Lunatic asylums in Bengal annual reports 1899-1911 - 1899-1911
Year: 1899
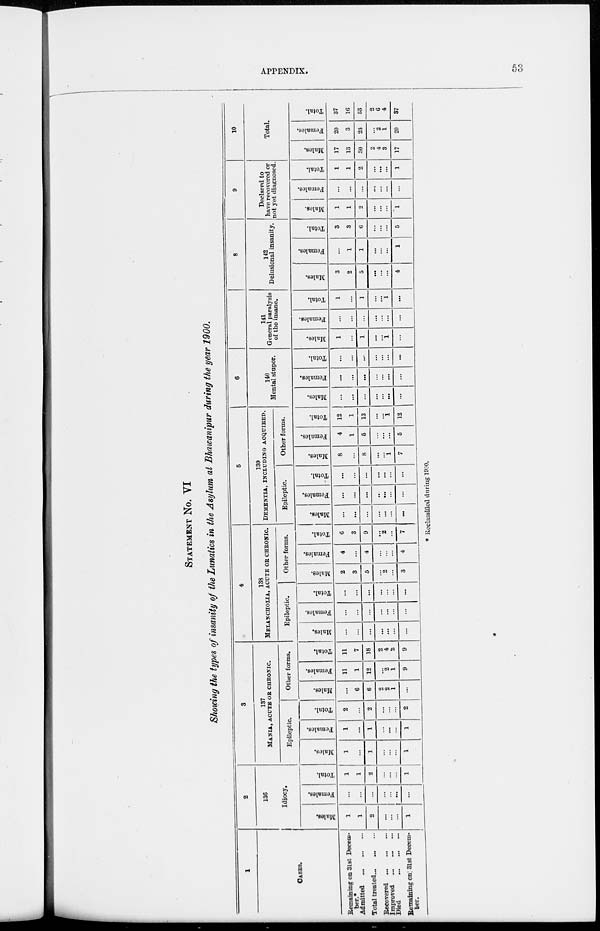
APPENDIX.
53
STATEMENT No. VI
Showing the types of insanity of the Lunatics in the Asylum at Bhawanipur during the year 1900.
1
CASES.
Remaining on 3lst Decem-
ber.*
Admitted
Total treated...
...
...
Recovered
Improved
...
...
...
Died
Remaining on 31st Decem-
ber.
2
136
Idiocy.
Males.
1
1
2
...
...
...
1
Females.
...
...
...
...
...
...
...
Total.
1
1
2
...
...
...
1
3
137
MANIA, ACUTE OR CHRONIC.
Epileptic.
Males.
1
...
1
...
...
...
1
Females.
1
...
1
...
...
...
1
Total.
2
...
2
...
...
...
2
Other forms.
Males.
...
6
6
2
2
1
...
Females.
11
1
12
2
1
9
Total.
11
7
18
2
4
2
9
4
138
MELANCHOLIA, ACUTE OR CHRONIC.
Epileptic.
Males.
...
...
...
...
...
...
...
Females.
...
...
...
...
...
...
...
Total.
...
...
...
...
...
...
...
Other forms.
Males.
2
3
5
...
2
...
3
Females.
4
...
4
...
...
...
4
Total.
6
3
9
...
2
...
7
5
139
DEMENTIA, INCLUDING ACQUIRED.
Epileptic.
Males.
...
...
...
...
...
...
...
Females.
...
...
...
...
...
...
...
Total.
...
...
...
...
...
...
...
Other forms.
Males.
8
...
8
...
...
1
7
Females.
4
1
5
...
...
...
5
Total.
12
1
13
...
...
1
12
6
140
Mental stupor.
Males.
...
...
...
...
...
...
...
Females.
...
...
...
...
...
...
...
Total.
...
...
...
...
...
...
...
141
General paralysis
of the insane.
Males.
1
...
1
...
...
1
...
Females.
...
...
...
...
...
...
...
Total.
1
...
1
...
...
1
...
8
142
Delusional insanity.
Males.
3
2
5
...
...
...
4
Females.
...
1
1
...
...
...
1
Total.
3
3
6
...
...
...
5
9
Declared to
have recovered or
not yet diagnosed.
Males.
1
1
2
...
...
...
1
Females.
...
...
...
...
...
...
...
Total.
1
1
2
...
...
...
1
10
Total.
Males.
17
13
30
2
4
3
17
Females.
20
3
23
...
2
1
20
Total.
37
16
53
2
6
4
37
* Reclassified during 1900.